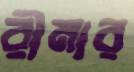
রীমার